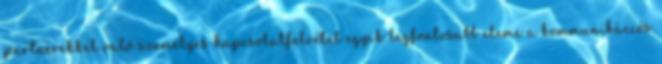
partnerekkel való személyes kapcsolatfelvétel egyik legfontosabb eleme a kommunikációs